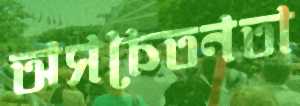
অসচেতনতা